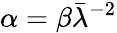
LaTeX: \alpha=\beta\bar{\lambda}^{-2}